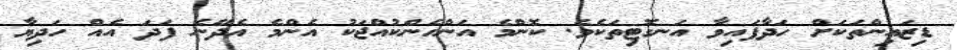
ޑިޒައިންތަކަށް ހަދާފައިވާ އަނގޮޓިތަކެވެ. ކޮންމެ އަންހެންކުއްޖަކު އެންމެ އެދޭނެ ފަދަ އެއް ހަދިޔާ